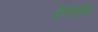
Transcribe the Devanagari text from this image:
केलसस